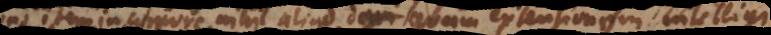
Pono item in corpore nihil aliud quam extensionem intelligi